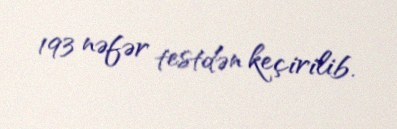
193 nəfər testdən keçirilib.